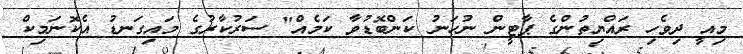
މިއީ ދިވެހި ރައްޔިތުންގެ ޕާޓީން ނުހަނު ކަންބޮޑުވާ ކަމެއް" ސަރުކާރުގެ މައިގަނޑު އެކޮނަމިކް